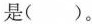
是 （ ）。